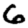
Digit: 6